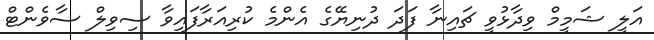
އަލީ ޝަމީމް ވިދާޅުވީ ޗައިނާ ފަދަ ދުނިޔޭގެ އެންމެ ކުރިއަރާފައިވާ ސިވިލް ސާވެންޓް